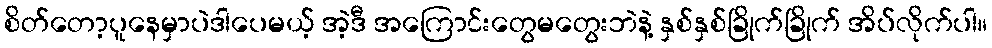
စိတ်တော့ပူနေမှာပဲဒါပေမယ့် အဲ့ဒီ အကြောင်းတွေမတွေးဘဲနဲ့ နှစ်နှစ်ခြိုက်ခြိုက် အိပ်လိုက်ပါ။